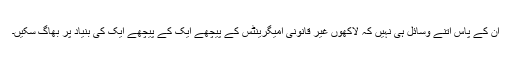
ان کے پاس اتنے وسائل ہی نہیں کہ لاکھوں غیر قانونی امیگرینٹس کے پیچھے ایک کے پیچھے ایک کی بنیاد پر بھاگ سکیں۔